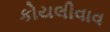
કોયલીવાવ